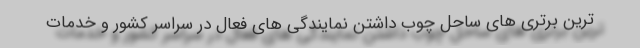
ترین برتری های ساحل چوب داشتن نمایندگی های فعال در سراسر کشور و خدمات